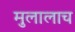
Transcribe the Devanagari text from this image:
मुलालाच